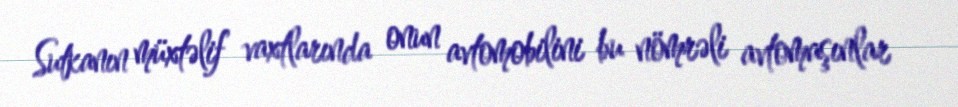
Sutkanın müxtəlif vaxtlarında onun avtomobilini bu nömrəli avtomaşınlar